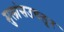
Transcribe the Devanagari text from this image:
मुलांसउचलून